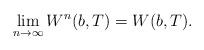
LaTeX: \begin{align*}\lim_{n \to \infty} W^n(b,T) = W(b,T).\end{align*}